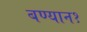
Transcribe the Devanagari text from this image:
बण्यान१